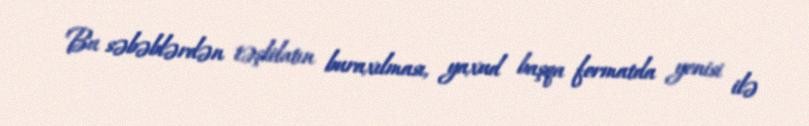
Bu səbəblərdən təşkilatın buraxılması, yaxud başqa formatda yenisi ilə